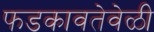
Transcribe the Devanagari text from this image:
फडकावतेवेळी